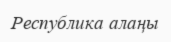
Республика алаңы